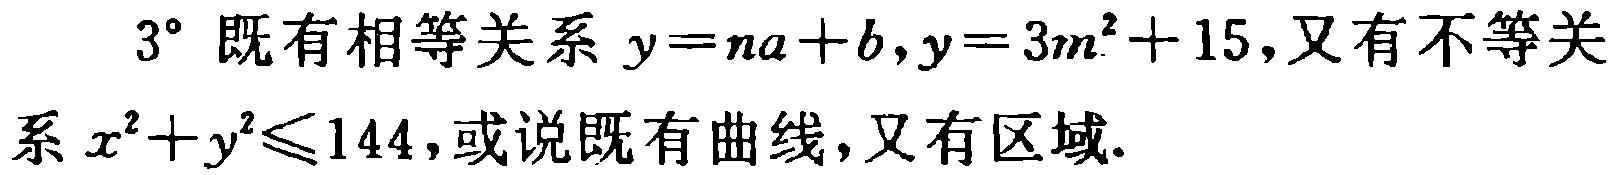
$3^{\circ}$ 既有相等关系 $y = na + b,y = 3m^{2}+15$,又有不等关系 $x^{2}+y^{2}\leqslant144$,或说既有曲线,又有区域.